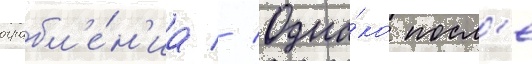
ограбл'е́н'иа // Одна́ко посл'е